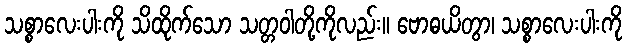
သစ္စာလေးပါးကို သိထိုက်သော သတ္တဝါတို့ကိုလည်း။ ဗောဓယိတွာ၊ သစ္စာလေးပါးကို